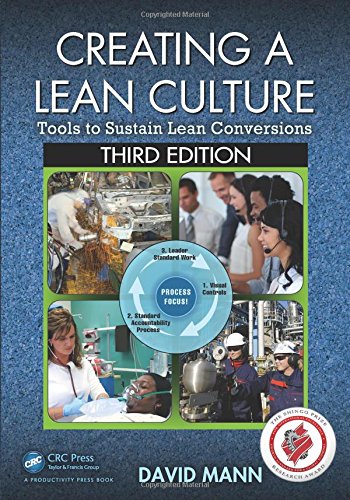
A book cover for Creating a Lean Culture: Tools to Sustain Lean Conversions, Third Edition; David Mann; Engineering & Transportation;